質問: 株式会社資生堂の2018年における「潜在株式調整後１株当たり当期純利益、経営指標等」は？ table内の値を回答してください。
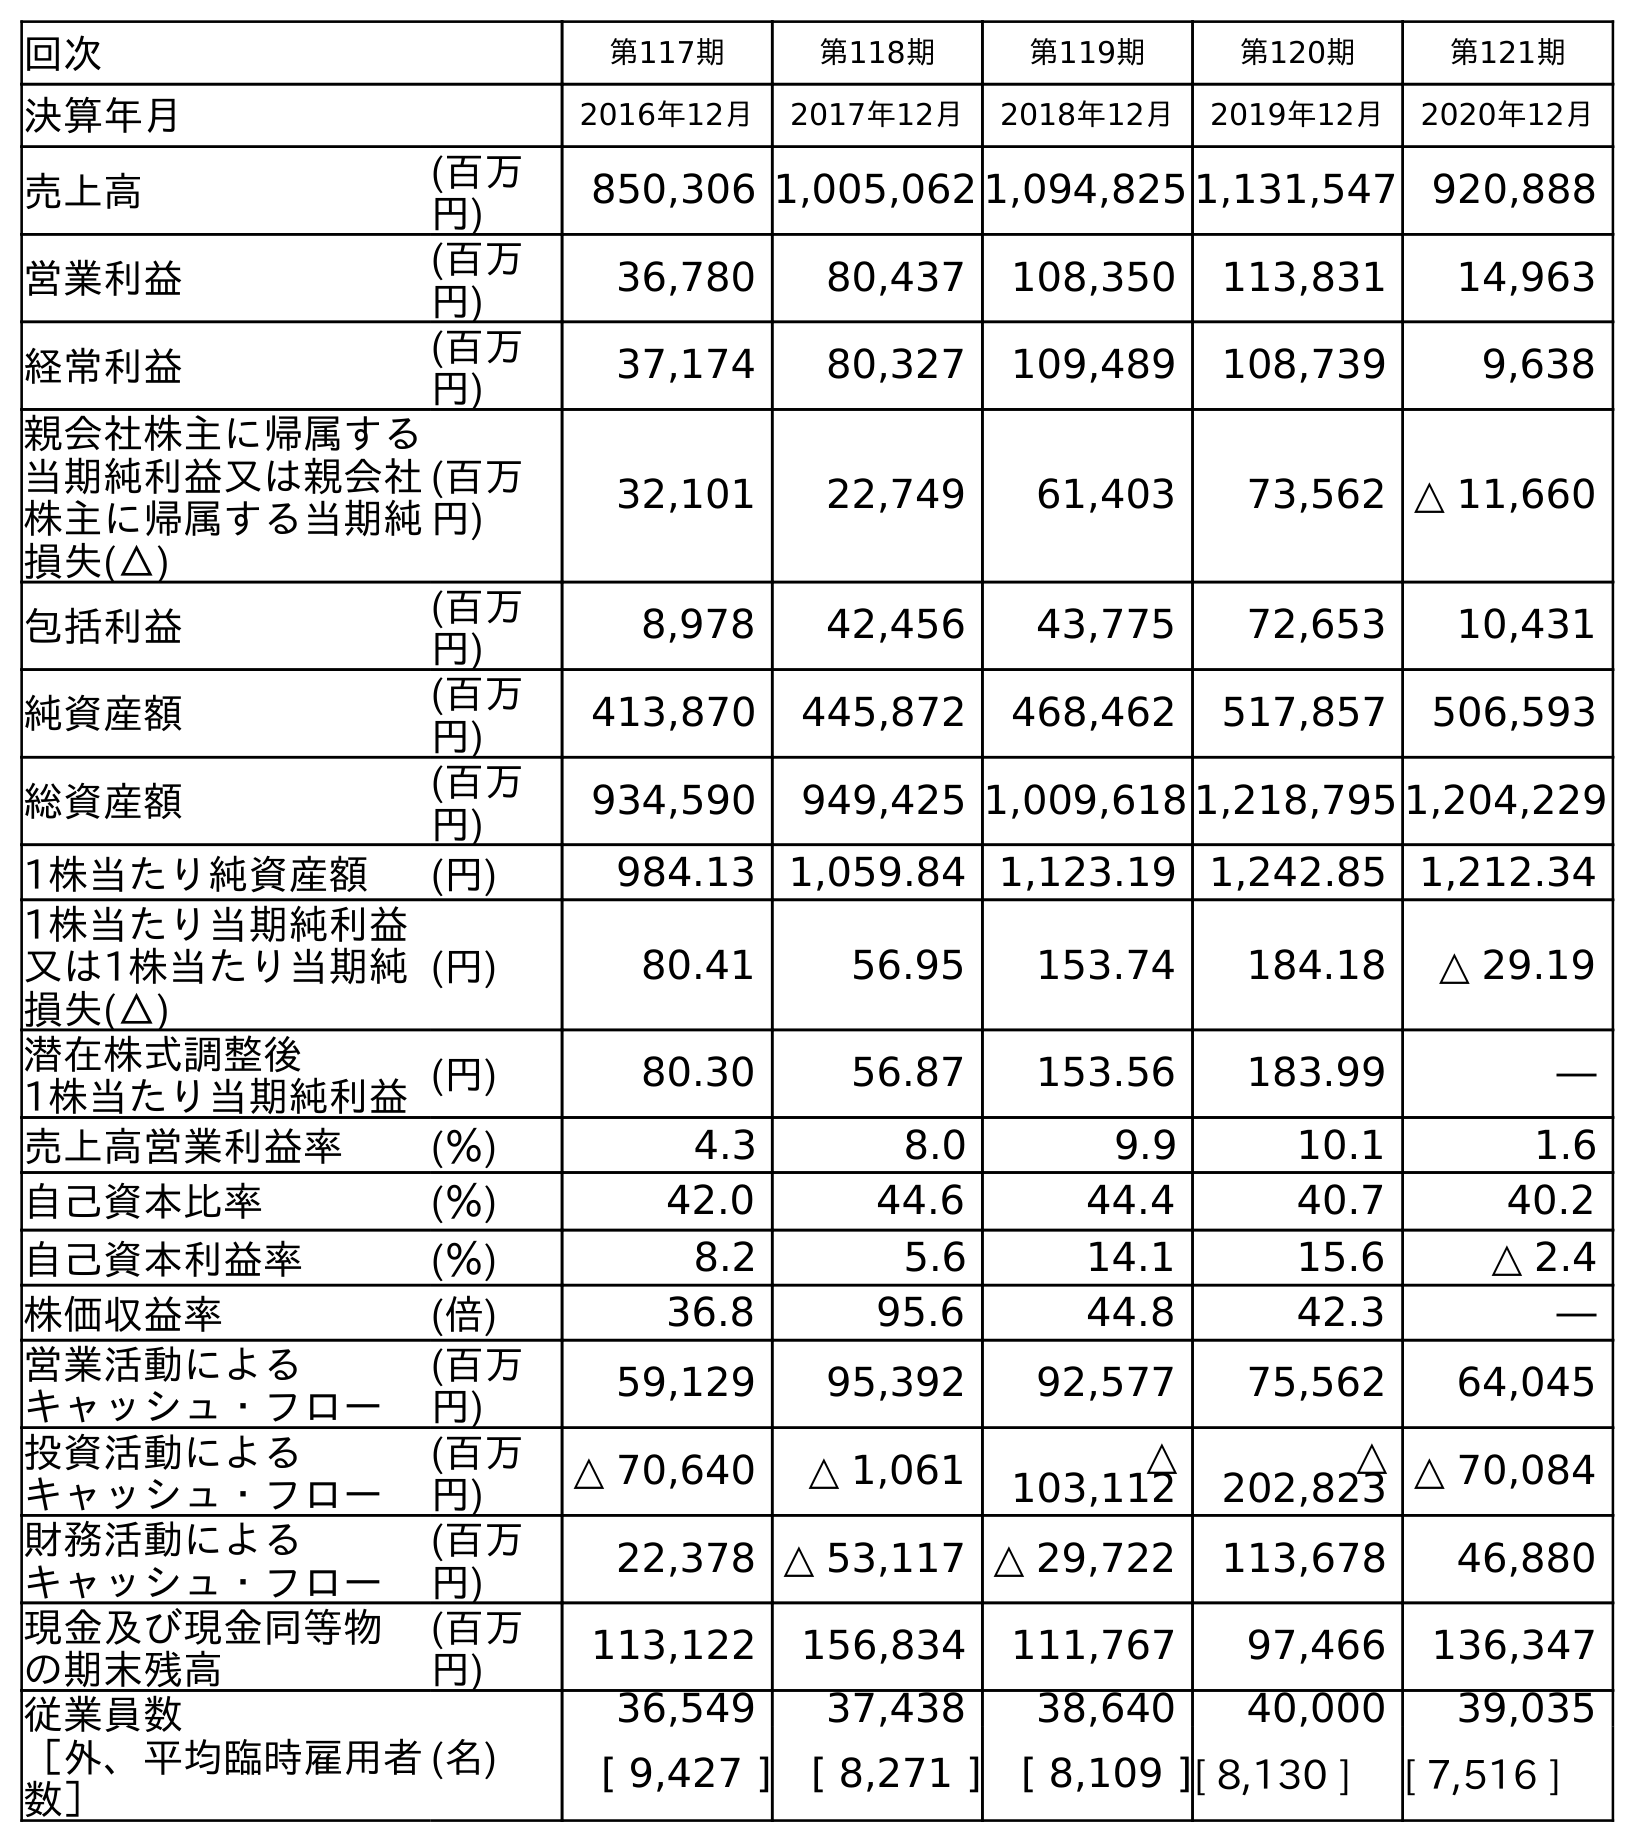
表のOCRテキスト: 回次 第117期 第118期 第119期 第120期 第121期 決算年月 2016年12月 2017年12月 2018年12月 2019年12月 2020年12月 売上高 (百万 円) 850,306 1,005,062 1,094,825 1,131,547 920,888 営業利益 (百万 円) 36,780 80,437 108,350 113,831 14,963 経常利益 (百万 円) 37,174 80,327 109,489 108,739 9,638 親会社株主に帰属する 当期純利益又は親会社 株主に帰属する当期純 損失(△) (百万 円) 32,101 22,749 61,403 73,562 △ 11,660 包括利益 (百万 円) 8,978 42,456 43,775 72,653 10,431 純資産額 (百万 円) 413,870 445,872 468,462 517,857 506,593 総資産額 (百万 円) 934,590 949,425 1,009,618 1,218,795 1,204,229 1株当たり純資産額 (円) 984.13 1,059.84 1,123.19 1,242.85 1,212.34 1株当たり当期純利益 又は1株当たり当期純 損失(△) (円) 80.41 56.95 153.74 184.18 △ 29.19 潜在株式調整後 1株当たり当期純利益(円) 80.30 56.87 153.56 183.99 ― 売上高営業利益率 (％) 4.3 8.0 9.9 10.1 1.6 自己資本比率 (％) 42.0 44.6 44.4 40.7 40.2 自己資本利益率 (％) 8.2 5.6 14.1 15.6 △ 2.4 株価収益率 (倍) 36.8 95.6 44.8 42.3 ― 営業活動による キャッシュ・フロー (百万 円) 59,129 95,392 92,577 75,562 64,045 投資活動による キャッシュ・フロー (百万 円) △ 70,640 △ 1,061 △ 103,112 △ 202,823 △ 70,084 財務活動による キャッシュ・フロー (百万 円) 22,378 △ 53,117 △ 29,722 113,678 46,880 現金及び現金同等物 の期末残高 (百万 円) 113,122 156,834 111,767 97,466 136,347 従業員数 ［外、平均臨時雇用者 数］ (名) 36,549 37,438 38,640 40,000 39,035 [ 9,427 ] [ 8,271 ] [ 8,109 ][ 8,130 ] [ 7,516 ]
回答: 153.56